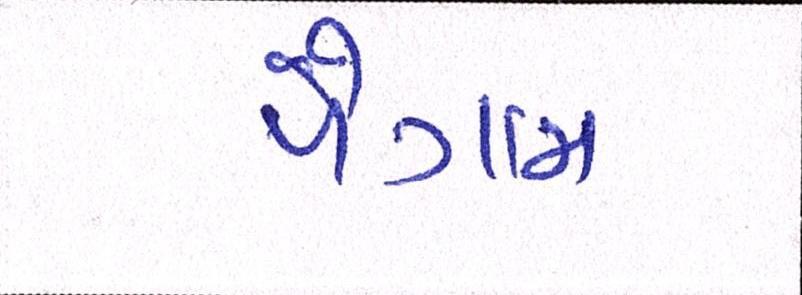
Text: પૈગામ